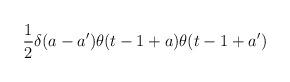
LaTeX: \begin{align*}\frac{1}{2}\delta (a-a')\theta (t-1+a)\theta (t-1+a')\end{align*}